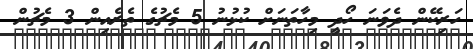
ހަރިކޭން ދެވަނަ ހޯދީ މިހާތަނަށް ކުޅުނު 5 މެޗުގެ ތެރެއިން 3 މެޗުން